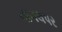
નાગલપર